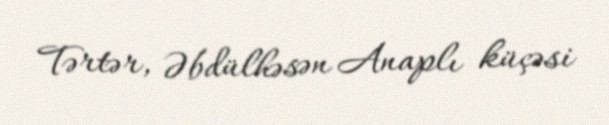
Tərtər, Əbdülhəsən Anaplı küçəsi